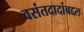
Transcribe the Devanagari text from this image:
वसंतदादांबद्दल